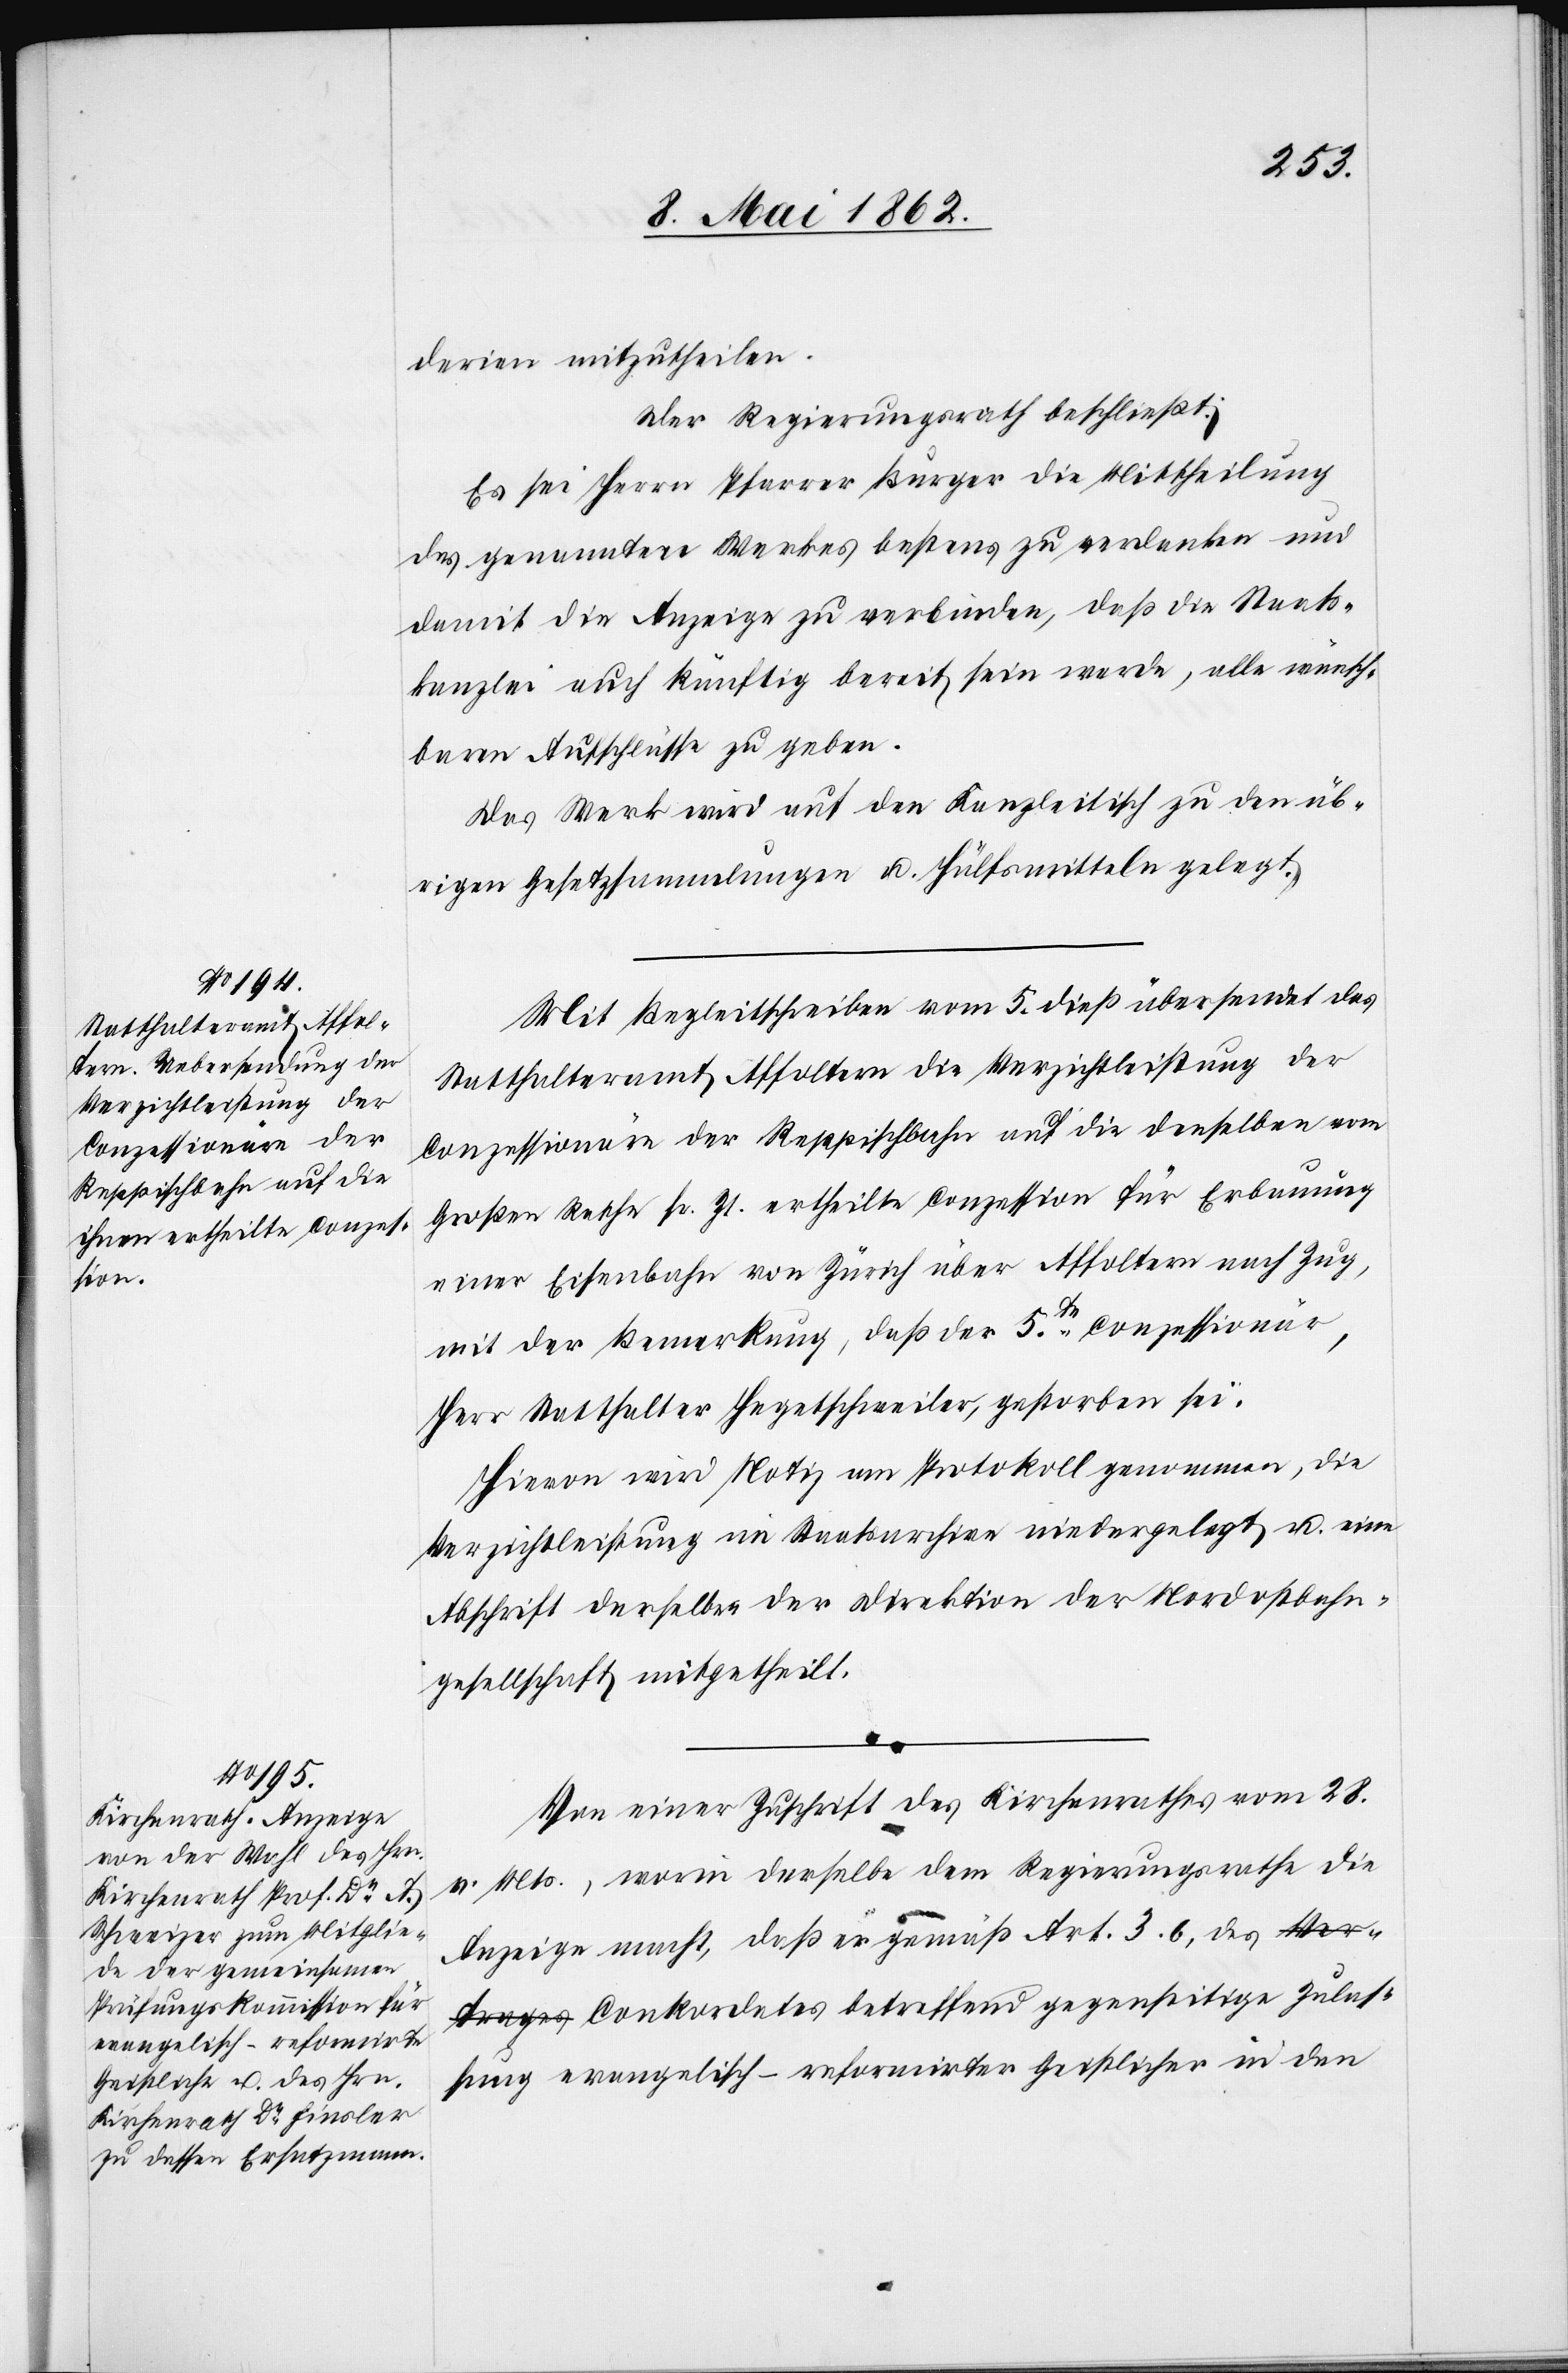
derien mitzutheilen.
Der Regierungsrath beschließt:
Es sei Herrn Pfarrer Burger die Mittheilung
des genannten Werkes bestens zu verdanken und
damit die Anzeige zu verbinden, daß die Staats¬
kanzlei auch künftig bereit sein werde, alle wünsch¬
baren Aufschlüsse zu geben.
Das Werk wird auf den Kanzleitisch zu den üb¬
rigen Gesetzsammlungen u. Hülfsmitteln gelegt.
Mit Begleitschreiben vom 5. dieß übersendet das
Statthalteramt Affoltern die Verzichtleistung der
Conzessionäre der Reppischbahn auf die denselben vom
Großen Rathe sr. Zt. ertheilte Conzession für Erbauung
einer Eisenbahn von Zürich über Affoltern nach Zug,
mit der Bemerkung, daß der 5te Conzessionär,
Herr Statthalter Hegetschweiler, gestorben sei.
Hievon wird Notiz am Protokoll genommen, die
Verzichtleistung im Staatsarchive niedergelegt u. eine
Abschrift derselben der Direktion der Nordostbahn¬
gesellschaft mitgetheilt.
Zulas¬
Von einer Zuschrift des Kirchenrathes vom 28.
v. Mts., worin derselbe dem Regierungsrathe die
Anzeige macht, daß er gemäß Art. 3.b, des Conkord¬
sung evangelisch-reformirter Geistlicher in den